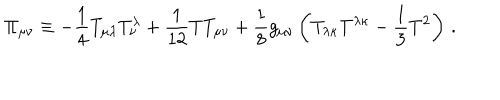
\Pi _ { \mu \nu } \equiv - { \frac { 1 } { 4 } } T _ { \mu \lambda } T _ { \nu } ^ { \lambda } + { \frac { 1 } { 1 2 } } T T _ { \mu \nu } + { \frac { 1 } { 8 } } g _ { \mu \nu } \left( T _ { \lambda \kappa } T ^ { \lambda \kappa } - { \frac { 1 } { 3 } } T ^ { 2 } \right) \, .